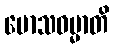
မောသဓမ္မာတိ